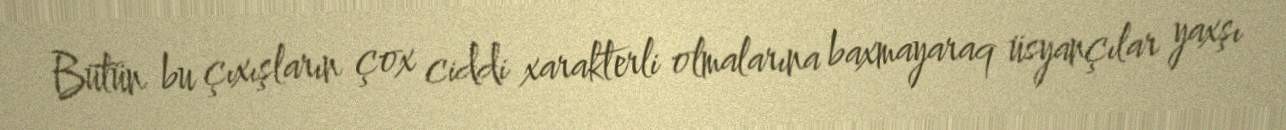
Bütün bu çıxışların çox ciddi xarakterli olmalarına baxmayaraq üsyançılar yaxşı